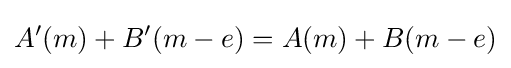
A'(m)+B'(m-e)=A(m)+B(m-e)